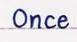
Once